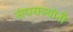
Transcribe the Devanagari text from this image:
संघराज्यांनी